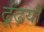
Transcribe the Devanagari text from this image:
ढूंढ़यौ